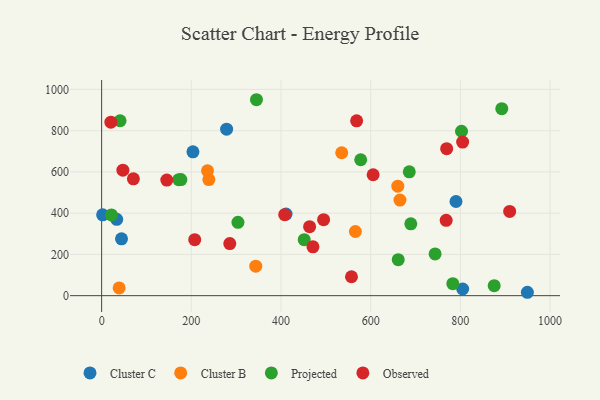
{"axis": {"x": "Engine Size", "y": "Salary"}, "legend": ["Cluster B", "Cluster C", "Observed", "Projected"], "data": [{"x": "805.2", "y": 32.4, "type": "Cluster C"}, {"x": "411.3", "y": 395.4, "type": "Cluster C"}, {"x": "790.3", "y": 456.6, "type": "Cluster C"}, {"x": "33.6", "y": 370.0, "type": "Cluster C"}, {"x": "278.7", "y": 807.4, "type": "Cluster C"}, {"x": "44.3", "y": 275.7, "type": "Cluster C"}, {"x": "203.6", "y": 697.4, "type": "Cluster C"}, {"x": "949.5", "y": 16.4, "type": "Cluster C"}, {"x": "2.2", "y": 391.9, "type": "Cluster C"}, {"x": "239.1", "y": 562.9, "type": "Cluster B"}, {"x": "343.7", "y": 142.9, "type": "Cluster B"}, {"x": "236.1", "y": 605.7, "type": "Cluster B"}, {"x": "565.9", "y": 311.1, "type": "Cluster B"}, {"x": "39.0", "y": 37.5, "type": "Cluster B"}, {"x": "535.4", "y": 693.0, "type": "Cluster B"}, {"x": "660.5", "y": 530.6, "type": "Cluster B"}, {"x": "665.3", "y": 463.5, "type": "Cluster B"}, {"x": "345.3", "y": 950.0, "type": "Projected"}, {"x": "451.8", "y": 271.5, "type": "Projected"}, {"x": "661.5", "y": 174.7, "type": "Projected"}, {"x": "802.6", "y": 797.1, "type": "Projected"}, {"x": "304.0", "y": 355.5, "type": "Projected"}, {"x": "577.8", "y": 658.9, "type": "Projected"}, {"x": "41.1", "y": 848.0, "type": "Projected"}, {"x": "875.5", "y": 48.5, "type": "Projected"}, {"x": "21.9", "y": 391.2, "type": "Projected"}, {"x": "686.1", "y": 600.4, "type": "Projected"}, {"x": "689.5", "y": 348.2, "type": "Projected"}, {"x": "176.7", "y": 563.0, "type": "Projected"}, {"x": "783.2", "y": 58.2, "type": "Projected"}, {"x": "892.4", "y": 906.8, "type": "Projected"}, {"x": "743.7", "y": 202.4, "type": "Projected"}, {"x": "171.9", "y": 562.5, "type": "Projected"}, {"x": "285.8", "y": 252.7, "type": "Observed"}, {"x": "207.6", "y": 271.3, "type": "Observed"}, {"x": "47.4", "y": 608.3, "type": "Observed"}, {"x": "471.3", "y": 236.8, "type": "Observed"}, {"x": "145.3", "y": 560.4, "type": "Observed"}, {"x": "568.7", "y": 847.9, "type": "Observed"}, {"x": "910.0", "y": 408.4, "type": "Observed"}, {"x": "768.4", "y": 365.2, "type": "Observed"}, {"x": "495.0", "y": 368.5, "type": "Observed"}, {"x": "605.5", "y": 586.2, "type": "Observed"}, {"x": "408.3", "y": 392.7, "type": "Observed"}, {"x": "70.8", "y": 566.3, "type": "Observed"}, {"x": "769.5", "y": 712.7, "type": "Observed"}, {"x": "557.2", "y": 91.7, "type": "Observed"}, {"x": "805.1", "y": 744.9, "type": "Observed"}, {"x": "463.8", "y": 334.6, "type": "Observed"}, {"x": "20.6", "y": 841.1, "type": "Observed"}]}